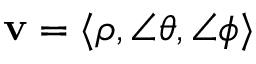
\mathbf { v } = \langle \rho , \angle \theta , \angle \phi \rangle